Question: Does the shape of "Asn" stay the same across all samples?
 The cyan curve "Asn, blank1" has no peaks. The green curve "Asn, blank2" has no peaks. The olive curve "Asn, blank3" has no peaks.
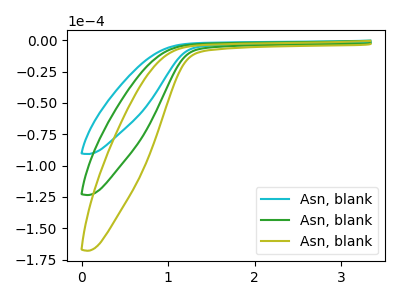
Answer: <think>Neither "Asn, blank1" or "Asn, blank2" have any peaks. Neither "Asn, blank1" or "Asn, blank3" have any peaks. Neither "Asn, blank2" or "Asn, blank3" have any peaks.
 </think>
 <answer>All the CV's of "Asn" have similar shape.</answer>
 <eval>follow_rule</eval>